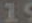
19